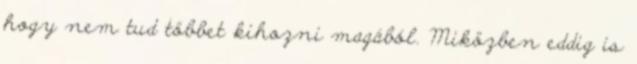
hogy nem tud többet kihozni magából. Miközben eddig is